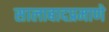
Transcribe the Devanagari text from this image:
सालाबादप्रमाणे